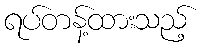
ရပ်တန့်ထားသည့်